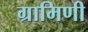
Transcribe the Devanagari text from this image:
ग्रामिणी